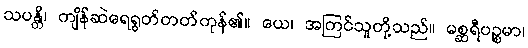
သပန္တိ၊ ကျိန်ဆဲရေရွတ်တတ်ကုန်၏။ ယေ၊ အကြင်သူတို့သည်။ မစ္ဆရီပဉ္စမာ၊